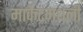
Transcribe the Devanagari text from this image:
मार्केटमधली